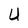
Character: U